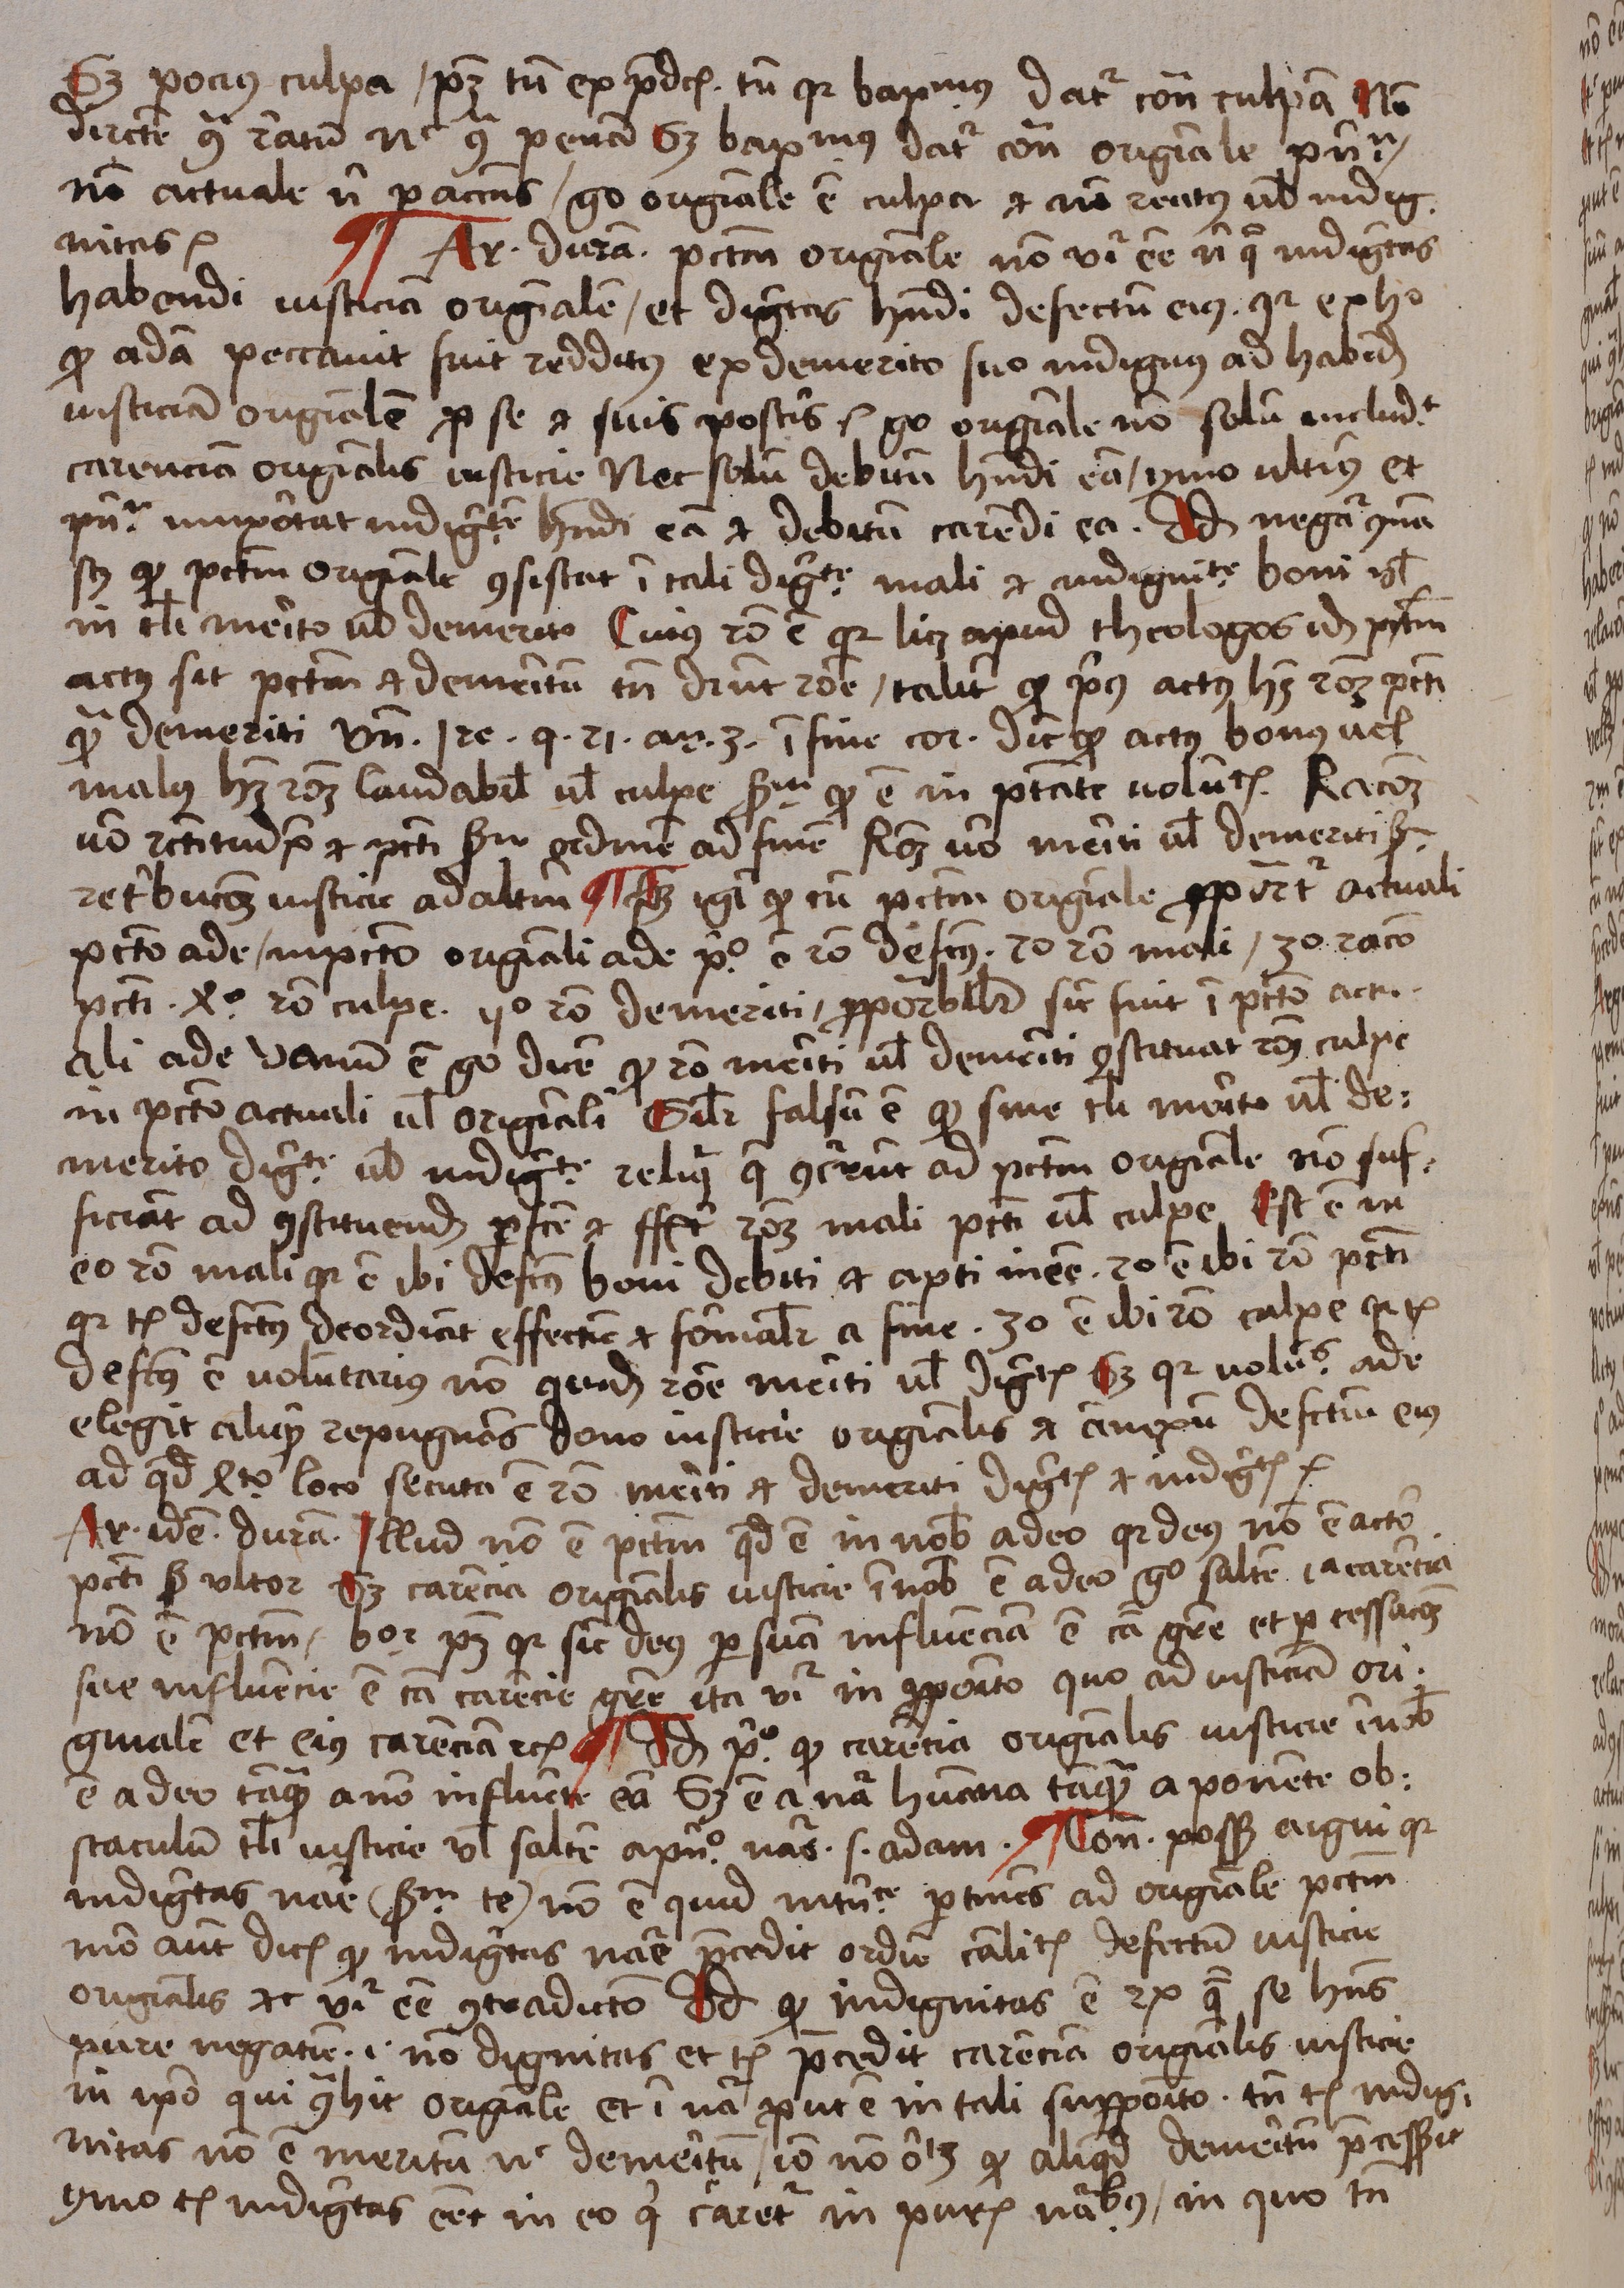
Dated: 1488–1488